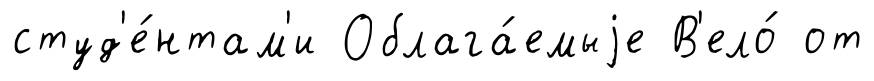
студ'е́нтам'и Облага́емыjе В'ело́ от